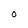
Character: O